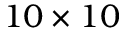
1 0 \times 1 0